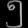
Digit: ၅